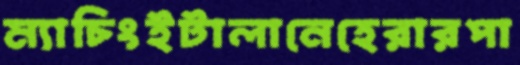
ম্যাচিংইটালানেহেরারপা